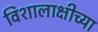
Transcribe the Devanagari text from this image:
विशालाक्षीच्या